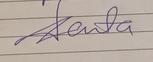
Signature authenticity: genuine